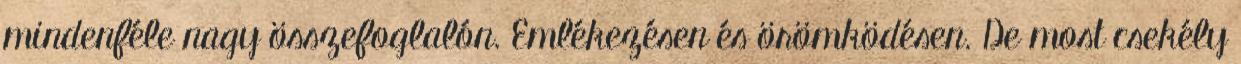
mindenféle nagy összefoglalón. Emlékezésen és örömködésen. De most csekély